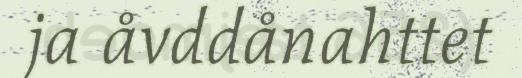
ja åvddånahttet